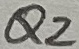
Text: Q2